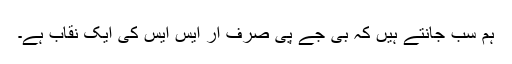
ہم سب جانتے ہیں کہ بی جے پی صرف آر ایس ایس کی ایک نقاب ہے۔